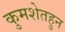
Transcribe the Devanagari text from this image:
कुमशेतहुन